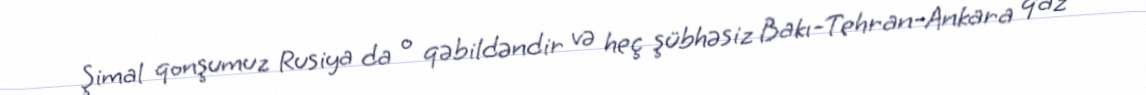
Şimal qonşumuz Rusiya da o qəbildəndir və heç şübhəsiz Bakı-Tehran-Ankara qaz